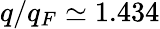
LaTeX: q/q_{F}\simeq 1.434